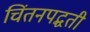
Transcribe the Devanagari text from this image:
चिंतनपद्धती